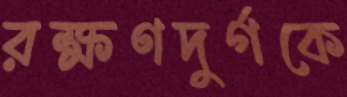
রক্ষণদুর্গকে